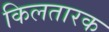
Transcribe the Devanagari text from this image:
किलतारक